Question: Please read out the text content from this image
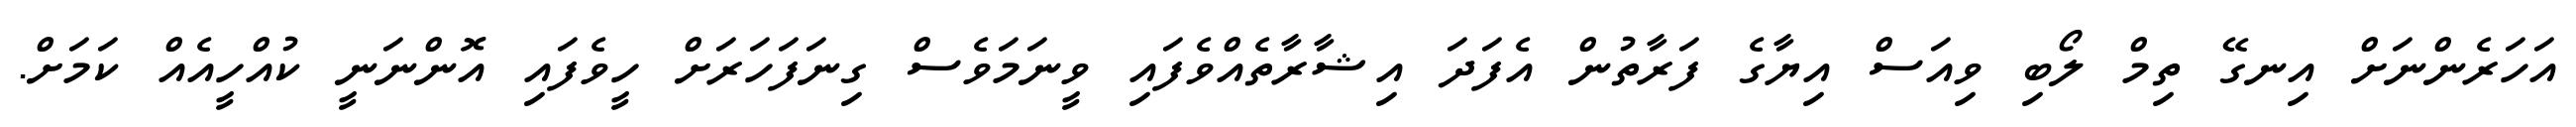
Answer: އަހަރެންނަށް އިނގޭ ތިމް ލޯބި ވިއަސް އިޔާގެ ފަރާތުން އެފަދަ އިޝާރާތެއްވެފައި ވީނަމަވެސް ގިނަފަހަރަށް ހީވެފައި އޮންނަނީ ކުއްހީއެއް ކަމަށް.